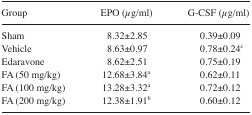
| Group | EPO (μg/ml) | G-CSF (μg/ml) |
 | --- | --- | --- |
 | Sham | 8.32±2.85 | 0.39±0.09 |
 | Vehicle | 8.63±0.97 | 0.78±0.24c |
 | Edaravone | 8.62±2.51 | 0.75±0.19 |
 | FA (50 mg/kg) | 12.68±3.84a | 0.62±0.11 |
 | FA (100 mg/kg) | 13.28±3.32a | 0.72±0.12 |
 | FA (200 mg/kg) | 12.38±1.91b | 0.60±0.12 |